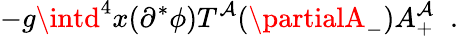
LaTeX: -g\intd^{4}x(\partial^{*}\phi)T^{\mathcal{A}}(\partialA_{-})A_{+}^{\mathcal{A}}\; \; .